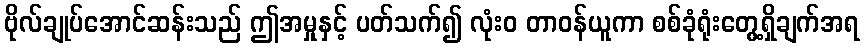
ဗိုလ်ချုပ်အောင်ဆန်းသည် ဤအမှုနှင့် ပတ်သက်၍ လုံးဝ တာဝန်ယူကာ စစ်ခုံရုံးတွေ့ရှိချက်အရ